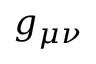
{ g } _ { \mu \nu }